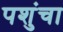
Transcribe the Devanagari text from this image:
पशुंचा